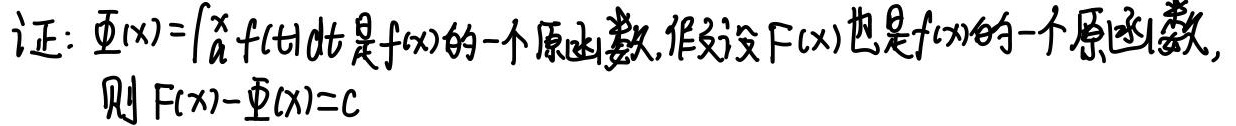
证：\(\varPhi(x)=\int_{a}^{x}f(t)dt\)是\(f(x)\)的一个原函数，作假设\(F(x)\)也是\(f(x)\)的一个原函数，则\(F(x)-\varPhi(x)=C\)。